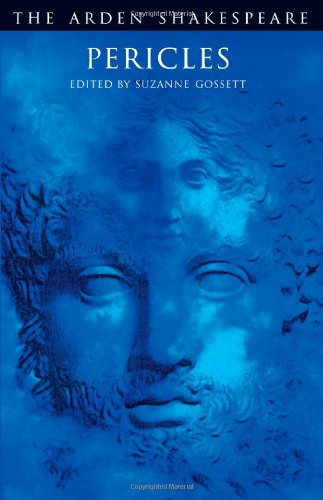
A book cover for Pericles (Arden Shakespeare: Third Series); William Shakespeare; Literature & Fiction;